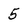
Character: 5